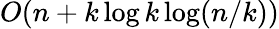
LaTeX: O(n+k\log k\log(n/k))